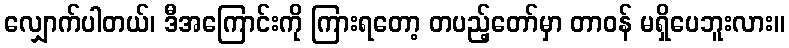
လျှောက်ပါတယ်၊ ဒီအကြောင်းကို ကြားရတော့ တပည့်တော်မှာ တာဝန် မရှိပေဘူးလား။